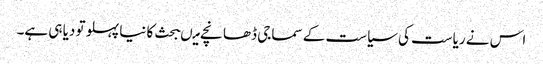
اس نے ریاست کی سیاست کے سماجی ڈھانچے میںبحث کا نیا پہلو تو دیا ہی ہے۔